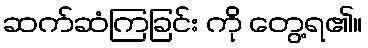
ဆက်ဆံကြခြင်း ကို တွေ့ရ၏။